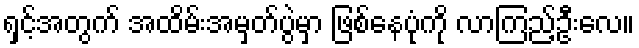
ရှင့်အတွက် အထိမ်းအမှတ်ပွဲမှာ ဖြစ်နေပုံကို လာကြည့်ဦးလေ။